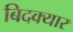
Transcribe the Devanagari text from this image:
बिदक्यार